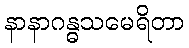
နာနာဂန္ဓသမေရိတာ